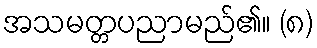
အသမတ္တပညာမည်၏။ (၈)